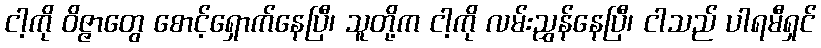
ငါ့ကို ဝိဇ္ဇာတွေ စောင့်ရှောက်နေပြီ၊ သူတို့က ငါ့ကို လမ်းညွှန်နေပြီ၊ ငါသည် ပါရမီရှင်